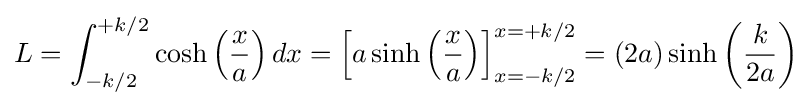
L=\int _{-k/2}^{+k/2}\cosh \left({\frac {x}{a}}\right)dx=\left[a\sinh \left({\frac {x}{a}}\right)\right]_{x=-k/2}^{x=+k/2}=\left(2a\right)\sinh \left({\frac {k}{2a}}\right)